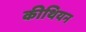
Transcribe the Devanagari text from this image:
कीथियन